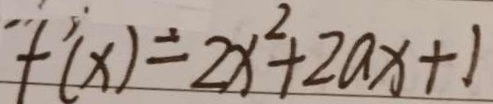
f ^ { \prime } ( x ) = 2 x ^ { 2 } + 2 a x + 1